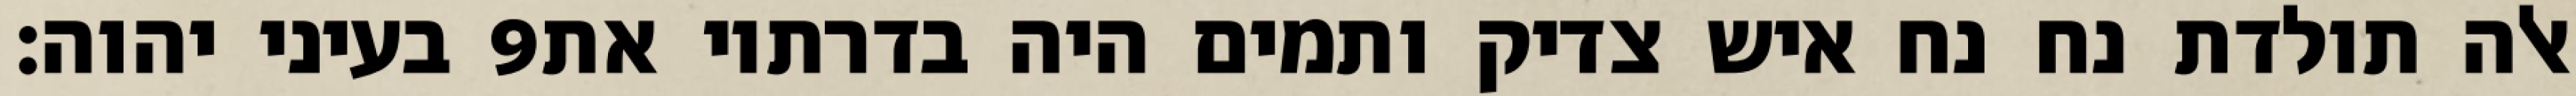
בעיני יהוה׃ ‎9‏ אלה תולדת נח נח איש צדיק ותמים היה בדרתיו את